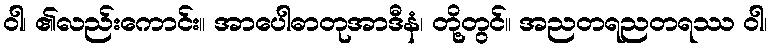
ဝါ၊ ၏လည်းကောင်း။ အာပေါဓာတုအာဒီနံ၊ တို့တွင်။ အညတရညတရဿ ဝါ၊